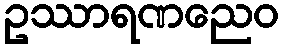
ဥဿာရဏညေဝ